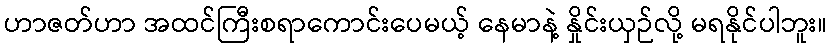
ဟာဇတ်ဟာ အထင်ကြီးစရာကောင်းပေမယ့် နေမာနဲ့ နှိုင်းယှဉ်လို့ မရနိုင်ပါဘူး။